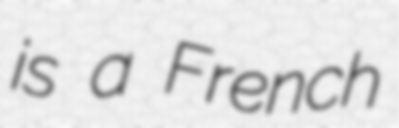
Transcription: is a French